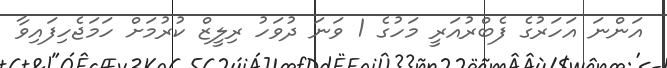
އަންނަ އަހަރުގެ ފެބްރުއަރީ މަހުގެ 1 ވަނަ ދުވަހު ރިލީޒް ކުރުމަށް ހަމަޖެހިފައިވާ